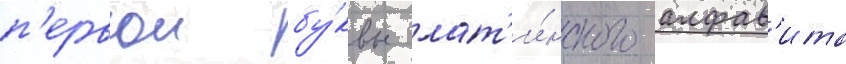
п'ервои бу́квы лат'и́нского алфав'ита